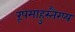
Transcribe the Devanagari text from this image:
रूपमाहुस्तैरप्य